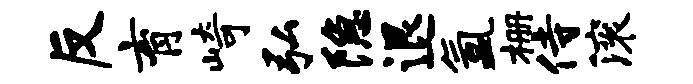
反育崎弘隐退氲栅侍滚